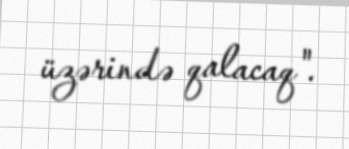
üzərində qalacaq".